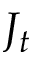
J _ { t }